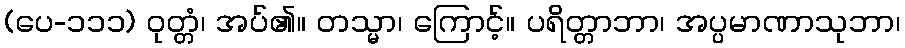
(ပေ-၁၁၁) ဝုတ္တံ၊ အပ်၏။ တသ္မာ၊ ကြောင့်။ ပရိတ္တာဘာ၊ အပ္ပမာဏာသုဘာ၊